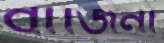
বাজিনা